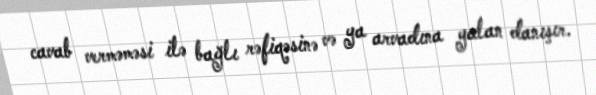
cavab verməməsi ilə bağlı rəfiqəsinə və ya arvadına yalan danışır.